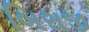
બિરાજી